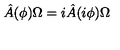
\hat { A } ( \phi ) \Omega = i \hat { A } ( i \phi ) \Omega